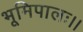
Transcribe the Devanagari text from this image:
भूमिपालः।।